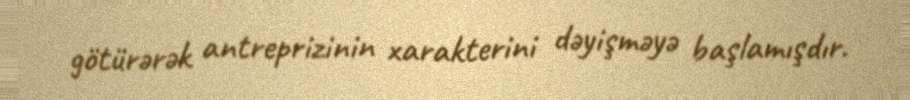
götürərək antreprizinin xarakterini dəyişməyə başlamışdır.